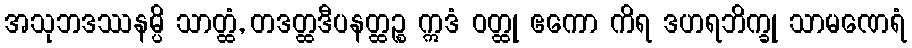
အသုဘဒဿနမ္ပိ သာတ္ထံ, တဒတ္ထဒီပနတ္ထဉ္စ ဣဒံ ဝတ္ထု ဧကော ကိရ ဒဟရဘိက္ခု သာမဏေရံ